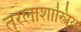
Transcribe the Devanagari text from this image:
तरलाशास्त्रिय